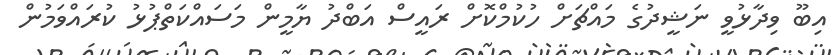
އިބޫ ވިދާޅުވީ ނަޝީދުގެ މައްޗަށް ހުކުމްކޮށް ރައީސް އަބްދު ޔާމީން މަސައްކަތްޕުޅު ކުރައްވަމުން